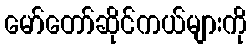
မော်တော်ဆိုင်ကယ်များကို